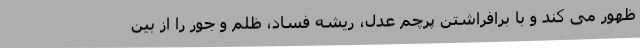
ظهور می کند و با برافراشتن پرچم عدل، ریشه فساد، ظلم و جور را از بین